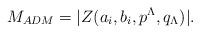
LaTeX: \begin{align*}M_{ADM}=|Z(a_i,b_i,p^\Lambda,q_\Lambda)|.\end{align*}